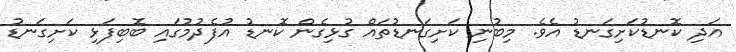
އަދި ކޮނޑުކަށިގަނޑު އެވެ. މިބުނި ކަށިގަނޑުތައް ގުޅިގެން ކޮނޑު އުފެދުމުގައި ބޮބިފަޅި ކަށިގަނޑު